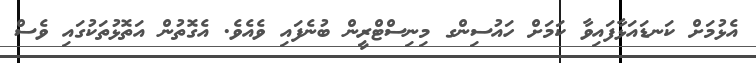
އެޅުމަށް ކަނޑައަޅާފައިވާ ކަމަށް ހައުސިންގ މިނިސްޓްރީން ބުނެފައި ވެއެވެ. އެގޮތުން އަތޮޅުތަކުގައި ވެސް